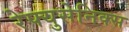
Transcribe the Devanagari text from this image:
रेफ्युसेनिक्स